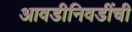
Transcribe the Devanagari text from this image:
आवडीनिवडींची